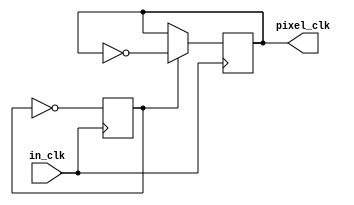
`timescale 1ns / 1ps
//////////////////////////////////////////////////////////////////////////////////
// Company: 
// Engineer: 
// 
// Design Name: 
// Module Name: clock_gen
// Project Name: 
// Target Devices: 
// Tool Versions: 
// Description: 
// 
// Dependencies: 
// 
// Revision:
// Revision 0.01 - File Created
// Additional Comments:
// 
//////////////////////////////////////////////////////////////////////////////////


module clock_gen (
    input in_clk,
    output reg pixel_clk
    );
    
reg pclk_div_cnt;


// Clock divider. Generate 25MHz pixel_clk from 100MHz clock.
always @(posedge in_clk) begin
    pclk_div_cnt <= !pclk_div_cnt;
    if (pclk_div_cnt == 1'b1) pixel_clk <= !pixel_clk;
end
endmodule